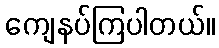
ကျေနပ်ကြပါတယ်။